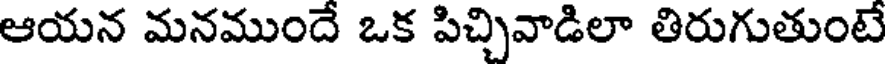
ఆయన మనముందే ఒక పిచ్చివాడిలా తిరుగుతుంటే